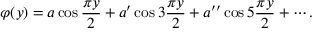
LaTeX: \varphi ( y ) = a \cos { \frac { \pi y } { 2 } } + a ^ { \prime } \cos 3 { \frac { \pi y } { 2 } } + a ^ { \prime \prime } \cos 5 { \frac { \pi y } { 2 } } + \cdots .